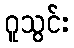
ဂူသွင်း